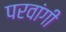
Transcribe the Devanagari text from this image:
परवांगी